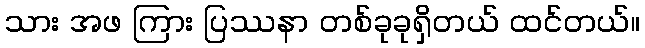
သား အဖ ကြား ပြဿနာ တစ်ခုခုရှိတယ် ထင်တယ်။